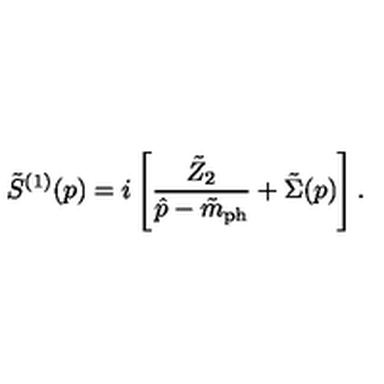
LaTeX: \tilde { S } ^ { ( 1 ) } ( p ) = i \left[ \frac { \tilde { Z } _ { 2 } } { \hat { p } - \tilde { m } _ { \mathrm { p h } } } + \tilde { \Sigma } ( p ) \right] .